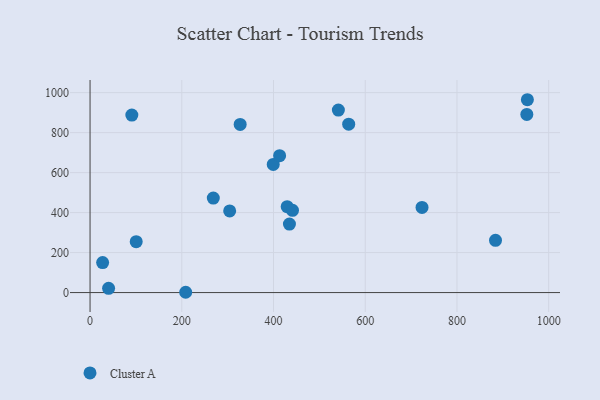
{"axis": {"x": "Experience", "y": "Yield"}, "legend": ["Cluster A"], "data": [{"x": "100.6", "y": 254.5, "type": "Cluster A"}, {"x": "429.8", "y": 429.7, "type": "Cluster A"}, {"x": "91.1", "y": 887.7, "type": "Cluster A"}, {"x": "208.5", "y": 1.5, "type": "Cluster A"}, {"x": "952.3", "y": 890.8, "type": "Cluster A"}, {"x": "441.4", "y": 411.4, "type": "Cluster A"}, {"x": "434.7", "y": 342.5, "type": "Cluster A"}, {"x": "563.9", "y": 842.2, "type": "Cluster A"}, {"x": "541.4", "y": 912.7, "type": "Cluster A"}, {"x": "723.8", "y": 426.0, "type": "Cluster A"}, {"x": "268.7", "y": 472.5, "type": "Cluster A"}, {"x": "953.5", "y": 964.5, "type": "Cluster A"}, {"x": "40.4", "y": 21.2, "type": "Cluster A"}, {"x": "884.0", "y": 261.5, "type": "Cluster A"}, {"x": "327.3", "y": 840.8, "type": "Cluster A"}, {"x": "304.4", "y": 408.3, "type": "Cluster A"}, {"x": "399.4", "y": 640.8, "type": "Cluster A"}, {"x": "27.4", "y": 150.2, "type": "Cluster A"}, {"x": "413.3", "y": 684.5, "type": "Cluster A"}]}